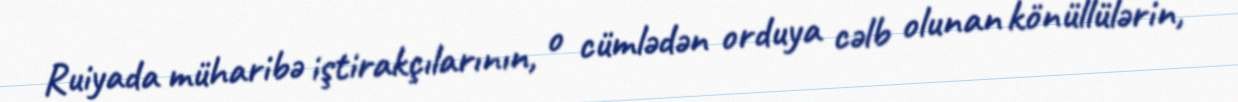
Ruiyada müharibə iştirakçılarının, o cümlədən orduya cəlb olunan könüllülərin,